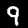
Digit: 9